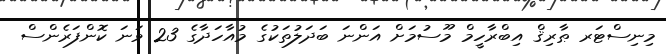
މިނިސްޓަރ ޠާރިޤް އިބްރާހީމް މޫސުމަށް އަންނަ ބަދަލުތަކުގެ މުއާހަދާގެ 23 ވަނަ ކޮންފަރެންސް